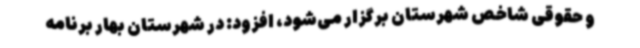
و حقوقی شاخص شهرستان برگزار می‌شود، افزود: در شهرستان بهار برنامه